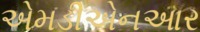
એમડીએનઆર